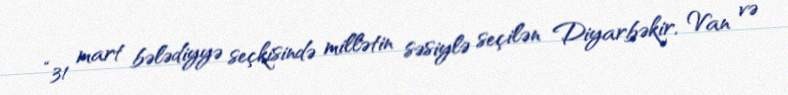
“31 mart bələdiyyə seçkisində millətin səsiylə seçilən Diyarbəkir, Van və